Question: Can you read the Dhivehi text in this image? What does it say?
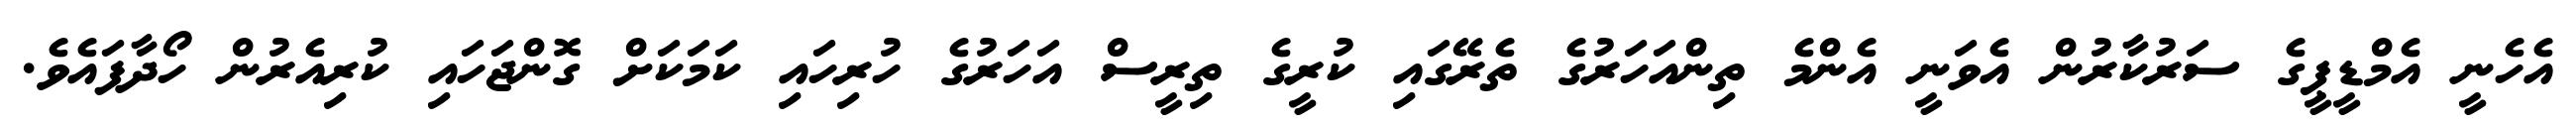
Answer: އެހެނީ އެމްޑީޕީގެ ސަރުކާރުން އެވަނީ އެންމެ ތިންއަހަރުގެ ތެރޭގައި ކުރީގެ ތިރީސް އަހަރުގެ ހުރިހައި ކަމަކަށް ގޮންޖަހައި ކުރިއެރުން ހޯދާފައެވެ.